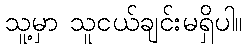
သူ့မှာ သူငယ်ချင်းမရှိပါ။